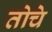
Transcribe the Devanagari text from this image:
तोचे